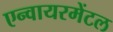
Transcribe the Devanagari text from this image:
एन्वायरमेंटल